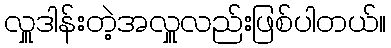
လှူဒါန်းတဲ့အလှူလည်းဖြစ်ပါတယ်။